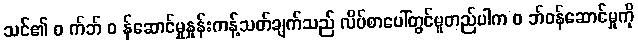
သင်၏ ၀ က်ဘ် ၀ န်ဆောင်မှုနှုန်းကန့်သတ်ချက်သည် လိပ်စာပေါ်တွင်မူတည်ပါက ၀ ဘ်ဝန်ဆောင်မှုကို